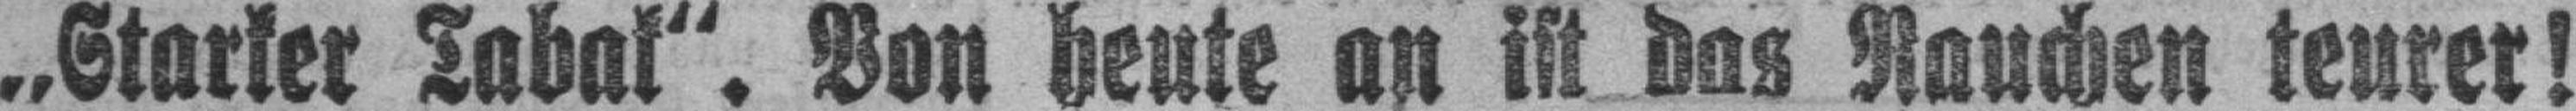
„Starker Tabak“. Von heute an ist das Rauchen teurer!